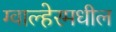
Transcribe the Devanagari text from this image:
ग्वाल्हेरमधील